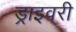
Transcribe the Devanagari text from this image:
ड्राइवरी